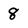
Character: 8